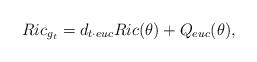
LaTeX: \begin{align*}&Ric_{g_{t}}=d_{t \cdot euc}Ric(\theta)+Q_{euc}(\theta),\end{align*}